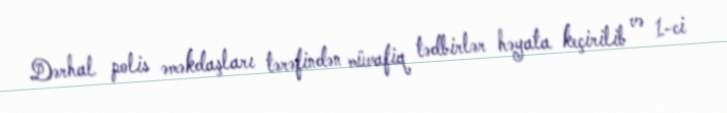
Dərhal polis əməkdaşları tərəfindən müvafiq tədbirlər həyata keçirilib və 1-ci